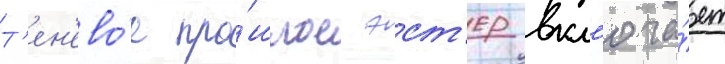
Т'ен'ево́е про́шлое эст'ер вкл'юча́ет